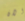
الان